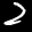
Label: 2